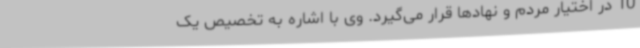
10 در اختیار مردم و نهادها قرار می‌گیرد. وی با اشاره به تخصیص یک